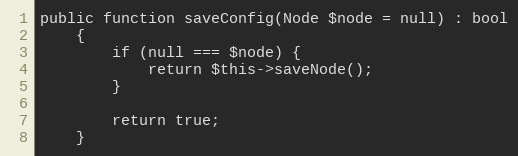
Language: PHP
public function saveConfig(Node $node = null) : bool
    {
        if (null === $node) {
            return $this->saveNode();
        }

        return true;
    }